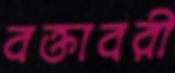
বক্তাবরী